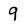
Character: 9